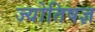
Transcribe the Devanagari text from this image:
ज्योतिषज्ञ